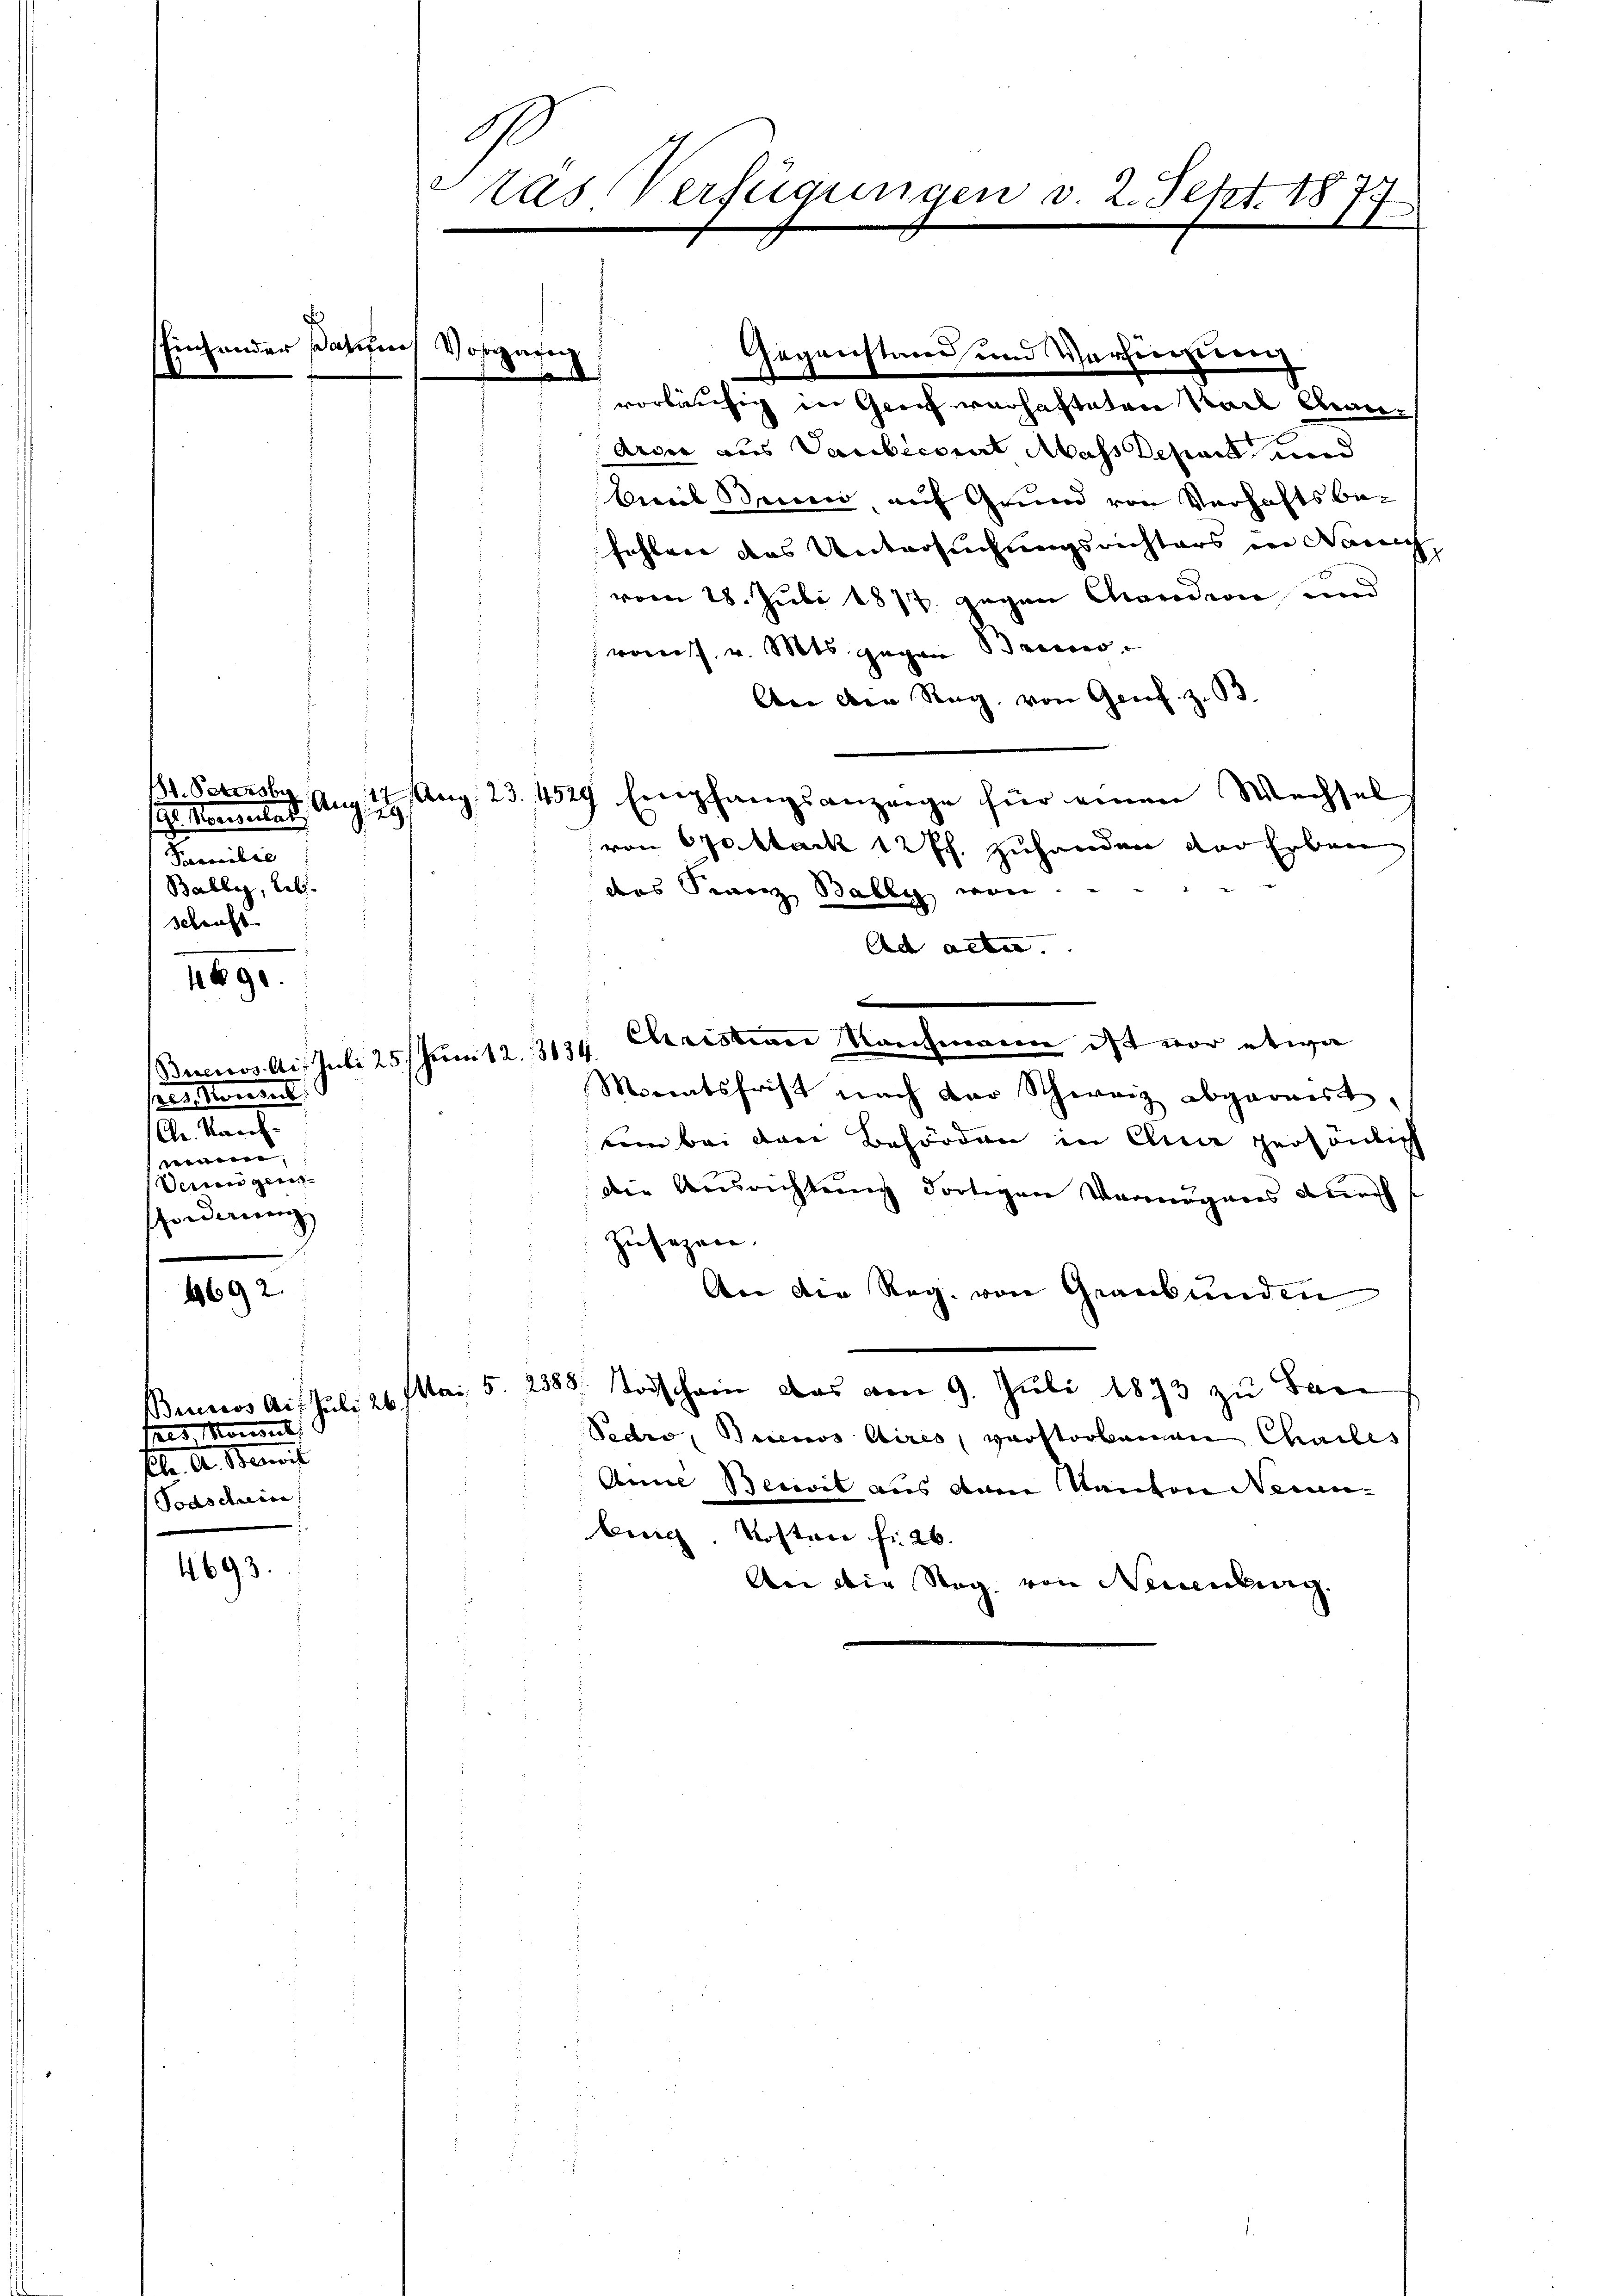
169.

1692.

4693.

der Basel

2
i. Marientes
Pammilie
Bally, Leb
schrift.

selement
Chr. Kauf.
nenen |
Verren geei
forderung

d

o

Buenos Ai, Juli 25. Juni 12. 334.

Brurios Aif Juli 26.
hres Konseit
Fol. A. Bereit
Todscheine

eras Verfügungen v. 2. Sept. 1875
1

vorläufig in Gleich verhafteten Stock Chan¬
Ardić aus Saubecorat Mass Depart und
Cucib Brini, auf Grund von Verhaftsbefehlen das Untersuchungsrichters in Nac
vom 28. Juli 1877 gegen Candin und
rom s. v. Mts. gegen Brenno
An die Reg. von Genf. z. B.
B1. Petersly a. 17 Aug. 23. 4529 Empfangsanzeige für einen Wechsel
von 60 stark 12 Pf. zuhanden der Erben
das Finanz Bally von
Ad acter.
t
Christian Nachmann ist vor etwa
Morentsfrist nach der Schweiz abgerwert,
kem bei den Behörden in Anna persönlich
die Ausrichtung dortigen Vermögens durch
Zusagen.
An die Reg. von Graubünden
Ma: 5. 2388. Todschein das am 9. Juli 1873 zu San
Pedio, Buenos Aires verstorbenen Chailes
Amil Servit aus dem Kanton Neuen-
Zürich. Kostare fr 26.
An die Sag von Neuenburg

Ge¬

e

be

.

e

d.

d